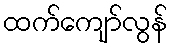
ထက်ကျော်လွန်